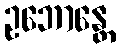
ဥဘောန္တေ